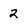
Character: 2